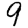
Digit: 9